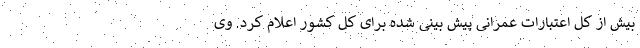
بیش از کل اعتبارات عمرانی پیش بینی شده برای کل کشور اعلام کرد. وی